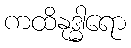
ကထိနုဒ္ဓါရော